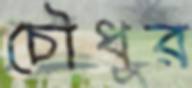
চৌধুর